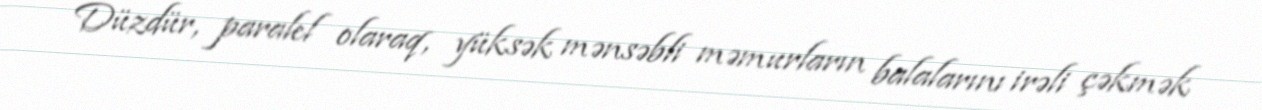
Düzdür, paralel olaraq, yüksək mənsəbli məmurların balalarını irəli çəkmək